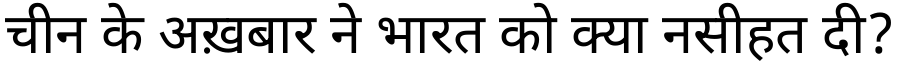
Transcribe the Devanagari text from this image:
चीन के अख़बार ने भारत को क्या नसीहत दी?